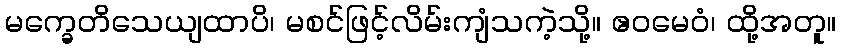
မက္ခေတိသေယျထာပိ၊ မစင်ဖြင့်လိမ်းကျံသကဲ့သို့။ ဧဝမေဝံ၊ ထို့အတူ။